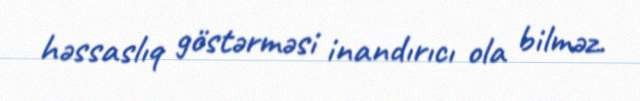
həssaslıq göstərməsi inandırıcı ola bilməz.